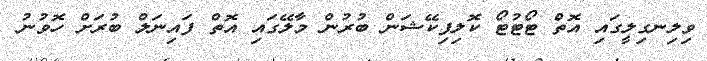
ވިލިނގިލީގައި އޮތް ޓޯޓުޓޯ ކޮލިފިކޭޝަން ބުރުން މާލޭގައި އޮތް ފައިނަލް ބުރަށް ހޮވުނު